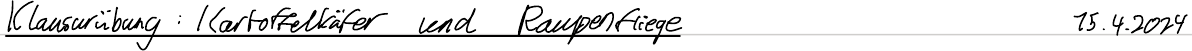
Klausurübung: Kartoffelkäfer und Raupenfliege   15.4.2024